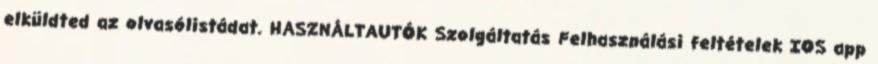
elküldted az olvasólistádat. HASZNÁLTAUTÓK Szolgáltatás Felhasználási feltételek IOS app